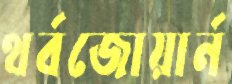
থর্বজোয়ার্ন